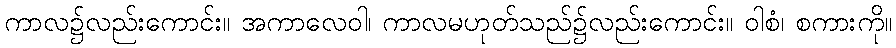
ကာလ၌လည်းကောင်း။ အကာလေဝါ၊ ကာလမဟုတ်သည်၌လည်းကောင်း။ ဝါစံ၊ စကားကို။